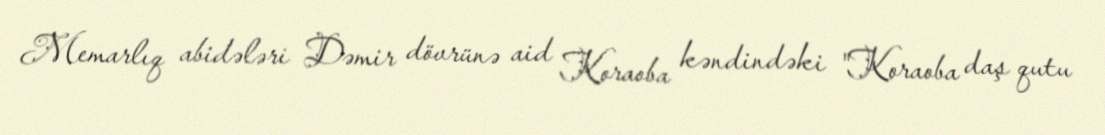
Memarlıq abidələri Dəmir dövrünə aid Koraoba kəndindəki "Koraoba daş qutu